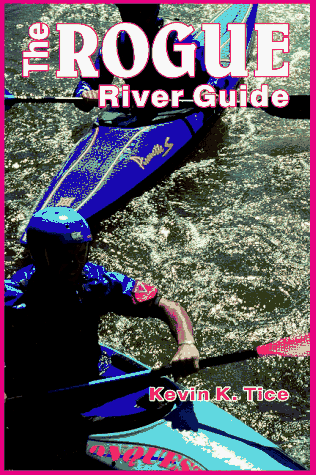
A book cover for The Rogue River Guide; Kevin K. Tice; Travel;